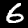
Label: 6